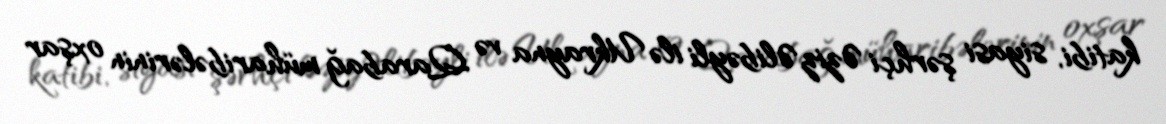
katibi, siyasi şərhçi Əziz Əlibəyli ilə Ukrayna və Qarabağ müharibələrinin oxşar